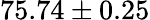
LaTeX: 75.74\pm 0.25